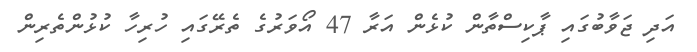
އަދި ޖަވާބުގައި ޕާކިސްތާން ކުޅެން އަރާ 47 އޯވަރުގެ ތެރޭގައި ހުރިހާ ކުޅުންތެރިން